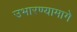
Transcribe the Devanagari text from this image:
उभारण्यामागे